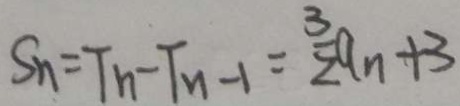
S _ { n } = T _ { n } - T _ { n - 1 } = \frac { 3 } { 2 } a _ { n } + 3